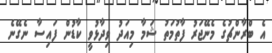
އެ ބްރާންޗުގެ މެނޭޖަރު ފާތުމަތު ޝަމާ މިއަދު ވިދާޅުވީ ކާޑުން ފައިސާ ނެގޭނެ